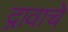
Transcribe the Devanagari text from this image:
द्रावाचे